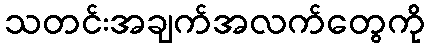
သတင်းအချက်အလက်တွေကို